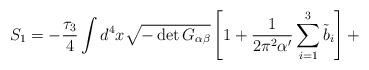
LaTeX: \begin{align*}S_1 = - \frac{\tau_3}{4} \int d^{4} x \sqrt{- \det G_{\alpha \beta}}\left[1 + \frac{1}{2 \pi^2 \alpha'} \sum_{i=1}^{3} {\tilde{b}}_i\right] +\end{align*}